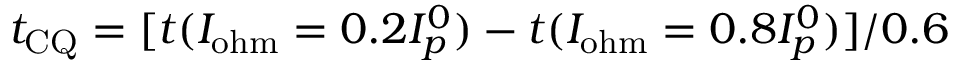
t _ { \mathrm { C Q } } = [ t ( I _ { \mathrm { o h m } } = 0 . 2 I _ { p } ^ { 0 } ) - t ( I _ { \mathrm { o h m } } = 0 . 8 I _ { p } ^ { 0 } ) ] / 0 . 6